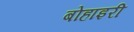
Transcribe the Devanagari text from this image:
बोहाइरी